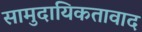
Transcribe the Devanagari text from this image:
सामुदायिकतावाद